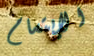
الإبتسام